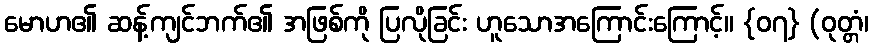
မောဟ၏ ဆန့်ကျင်ဘက်၏ အဖြစ်ကို ပြလိုခြင်း ဟူသောအကြောင်းကြောင့်။ {၀၇} (ဝုတ္တံ၊